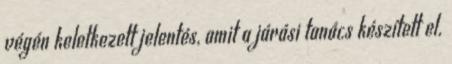
végén keletkezett jelentés, amit a járási tanács készített el.